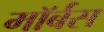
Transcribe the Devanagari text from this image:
मॉर्बस